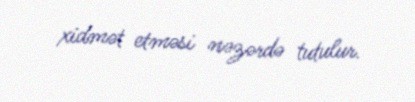
xidmət etməsi nəzərdə tutulur.